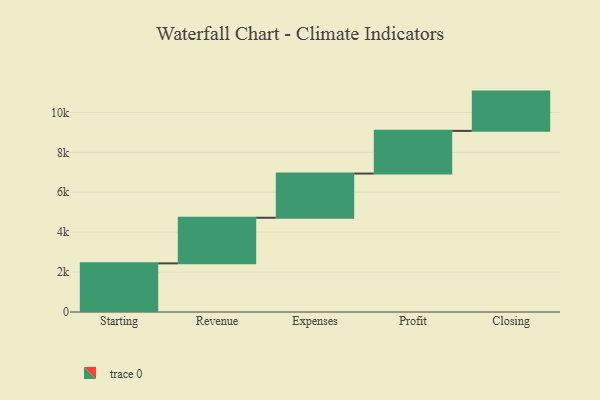
{"axis": {"x": "Step", "y": "Value"}, "legend": [""], "data": [{"x": "Starting", "y": 2437.0, "type": ""}, {"x": "Revenue", "y": 2286.0, "type": ""}, {"x": "Expenses", "y": 2214.0, "type": ""}, {"x": "Profit", "y": 2139.0, "type": ""}, {"x": "Closing", "y": 1968.0, "type": ""}]}